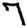
Digit: 7